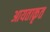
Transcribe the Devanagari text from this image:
आयताकृत